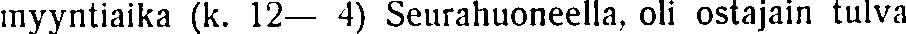
myyntiaika (k. 12— 4) Seurahuoneella, oli ostajain tulva